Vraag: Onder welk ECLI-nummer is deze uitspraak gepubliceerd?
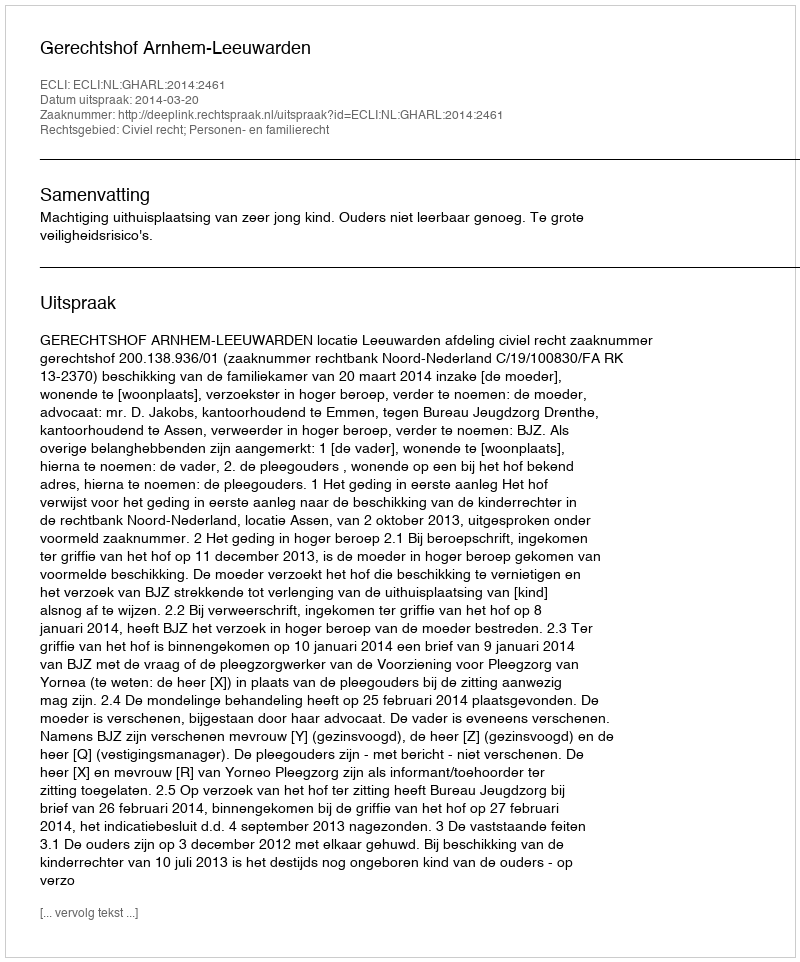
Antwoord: ECLI:NL:GHARL:2014:2461